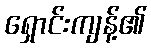
ရှောင်းကျန့်၏